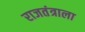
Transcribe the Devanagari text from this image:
राजतंत्राला